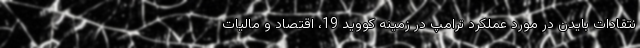
نتقادات بایدن در مورد عملکرد ترامپ در زمینه کووید 19، اقتصاد و مالیات